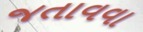
જતાવવા